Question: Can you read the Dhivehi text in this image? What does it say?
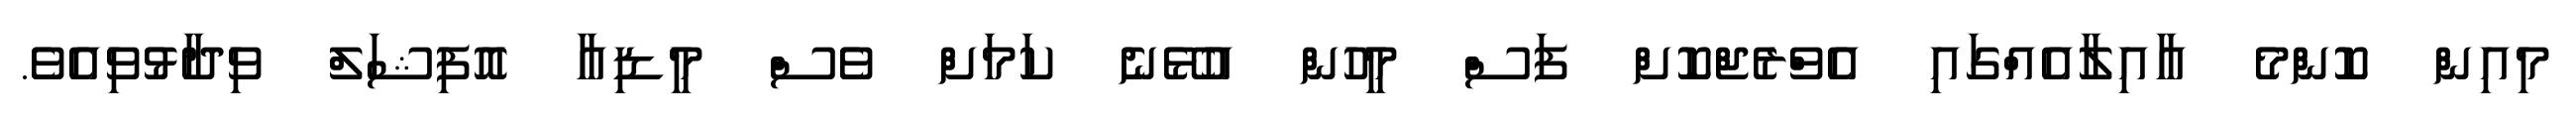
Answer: މިއިން ކޮންމެ އާއިލާއެއްގައި އެވްރެޖްކޮށް ފަސް މީހުން އުޅޭނެ ކަމަށް ވެސް މީޑިއާ އޮފިޝަލް ވިދާޅުވިއެވެ.